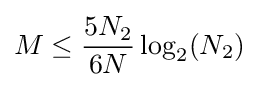
M\leq {\frac {5N_{2}}{6N}}\log _{2}(N_{2})